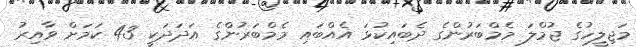
މަޖިލީހުގެ ޖުމްލަ މެމްބަރުންގެ ދެބައިކުޅަ އެއްބައި މެމްބަރުންގެ އަދަދަކީ 43 ކަމަށް ވާއިރު